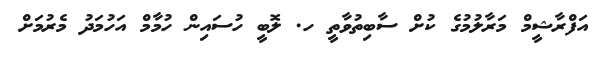
އަފްރާޝީމް މަރާލުމުގެ ކުށް ސާބިތުވާތީ ހ. ލޮބީ ހުސައިން ހުމާމް އަހުމަދު މެރުމަށް